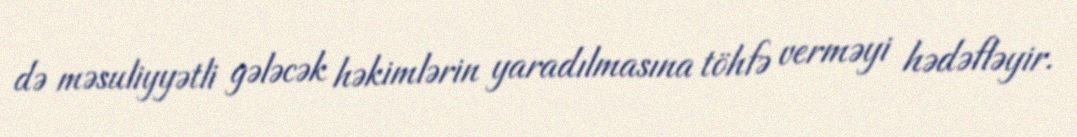
də məsuliyyətli gələcək həkimlərin yaradılmasına töhfə verməyi hədəfləyir.